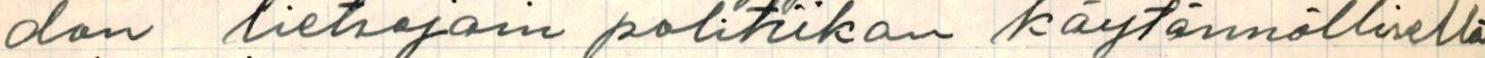
dan lietsojain politiikan käytännöllisellä